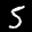
Label: 5